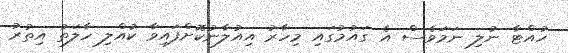
ހުއްޓާ ނުލި ނަމަވެސް އެ ގައުމުގައި މިހާރު އިއުލާނުކޮށްފައިވާ ކުއްލި ހާލަތު އިތުރު